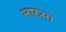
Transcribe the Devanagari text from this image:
लारुसा